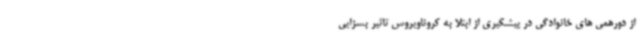
از دورهمی های خانوادگی در پیشگیری از ابتلا به کروناویروس تاثیر بسزایی